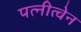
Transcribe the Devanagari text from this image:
पत्नीत्वेन